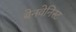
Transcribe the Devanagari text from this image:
बेनवेनिस्ट